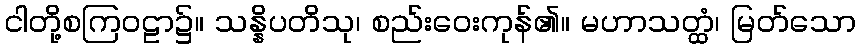
ငါတို့စကြဝဠာ၌။ သန္နိပတိသု၊ စည်းဝေးကုန်၏။ မဟာသတ္ထံ၊ မြတ်သော